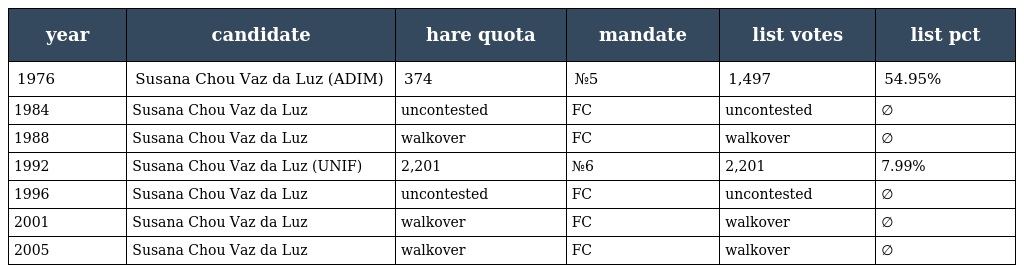
| year | candidate | hare quota | mandate | list votes | list pct |
 | --- | --- | --- | --- | --- | --- |
 | 1976 | Susana Chou Vaz da Luz (ADIM) | 374 | №5 | 1,497 | 54.95% |
 | 1984 | Susana Chou Vaz da Luz | uncontested | FC | uncontested | ∅ |
 | 1988 | Susana Chou Vaz da Luz | walkover | FC | walkover | ∅ |
 | 1992 | Susana Chou Vaz da Luz (UNIF) | 2,201 | №6 | 2,201 | 7.99% |
 | 1996 | Susana Chou Vaz da Luz | uncontested | FC | uncontested | ∅ |
 | 2001 | Susana Chou Vaz da Luz | walkover | FC | walkover | ∅ |
 | 2005 | Susana Chou Vaz da Luz | walkover | FC | walkover | ∅ |